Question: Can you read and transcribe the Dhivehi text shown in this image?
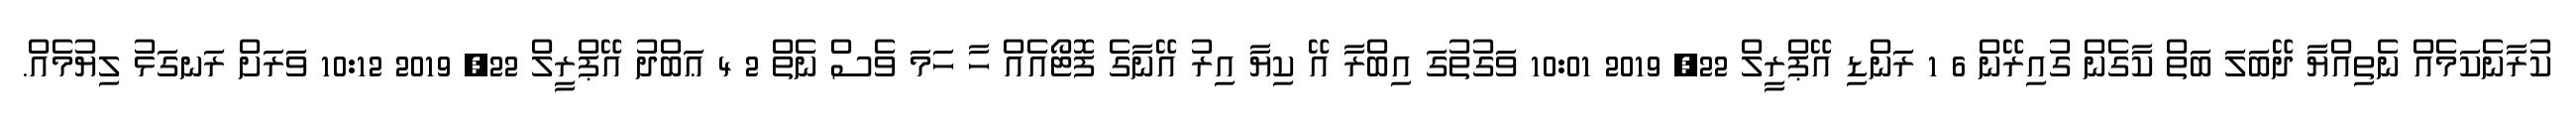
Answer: ކުރާނެކަމެއް ނެތިއްޔާ ދޭބަލަ ބަތް ކާގެން ގުއިރޭން 6 1 ރަންޑި އޭޕްރީލް 22, 2019 10:01 ވަގުތުގަ އިބްރާ އޭ ކިޔާ އިރު އޭނާގެ ފޮޓޯއެއް ހާ ހަމަ ވެސް ނެތް 2 4 ޢަބްދު އޭޕްރީލް 22, 2019 10:12 ވަރަށް ރަނގަޅު ލިޔުމެއް.